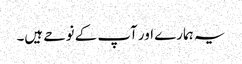
یہ ہمارے اور آپ کے نوحے ہیں۔